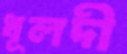
ধূলদী